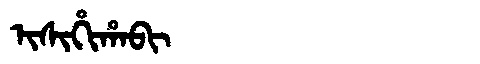
Manchu: ᡳᠰᡳᡥᡳᡥᠠᠪᡳ
Romanization: ISIHIHABI